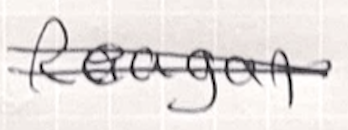
Text: Reagan
Cross-out: double-line
Writing tool: ballpoint